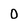
Character: 0